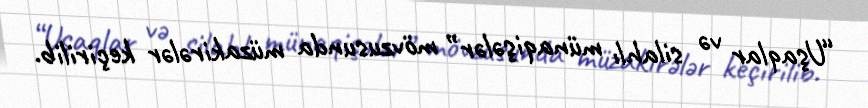
“Uşaqlar və silahlı münaqişələr” mövzusunda müzakirələr keçirilib.